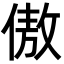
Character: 傲